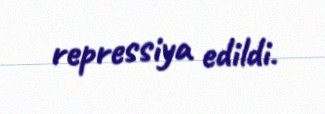
repressiya edildi.